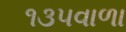
૧૩૫વાળા